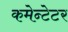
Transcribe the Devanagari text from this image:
कमेन्टेटर